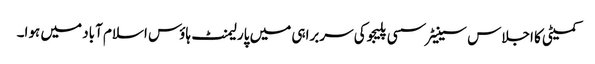
کمیٹی کا اجلاس سینیٹر سسی پلیجو کی سربراہی میں پارلیمنٹ ہاؤس اسلام آباد میں ہوا۔